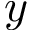
y